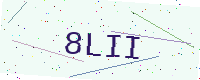
Text: 8LII